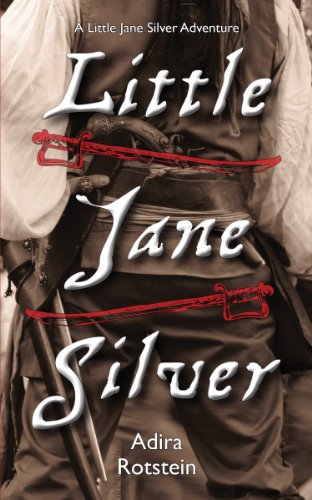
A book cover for Little Jane Silver: A Little Jane Silver Adventure; Adira Rotstein; Teen & Young Adult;